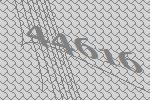
44616